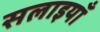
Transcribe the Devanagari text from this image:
सलाइयाँ